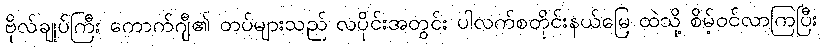
ဗိုလ်ချုပ်ကြီး ကောက်ဂျီ၏ တပ်များသည် လပိုင်းအတွင်း ပါလက်စတိုင်းနယ်မြေ ထဲသို့ စိမ့်ဝင်လာကြပြီး